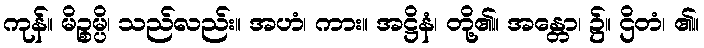
ကုန်။ မိဉ္စမ္ပိ၊ သည်လည်း။ အဟံ၊ ကား။ အဋ္ဌိနံ၊ တို့၏။ အန္တော၊ ၌။ ဌိတံ၊ ၏။